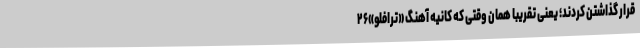
قرار گذاشتن کردند؛ یعنی تقریباً همان وقتی که کانیه آهنگ «ترافلو»۲۶